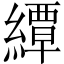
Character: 𦅰